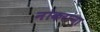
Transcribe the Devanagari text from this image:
नोकरांना